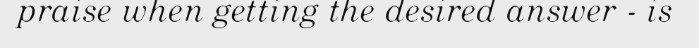
praise when getting the desired answer - is